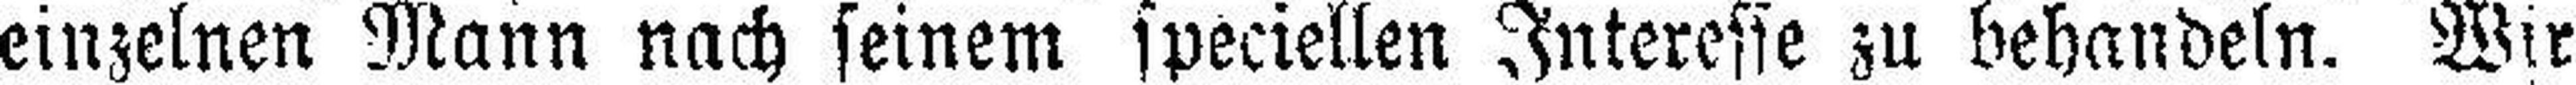
einzelnen Mann nach seinem speciellen Interesse zu behandeln. Wir